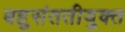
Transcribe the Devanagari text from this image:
बहुसंततीयुक्त